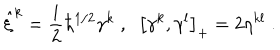
\hat { \xi } ^ { k } = \frac { i } { 2 } \hbar ^ { 1 / 2 } \gamma ^ { k } \; , \; \; \left[ \gamma ^ { k } , \gamma ^ { l } \right] _ { + } = 2 \eta ^ { k l } \; .